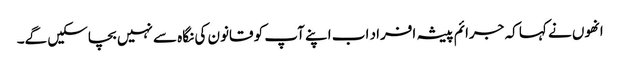
انھوں نے کہا کہ جرائم پیشہ افراد اب اپنے آپ کو قانون کی نگاہ سے نہیں بچاسکیں گے۔